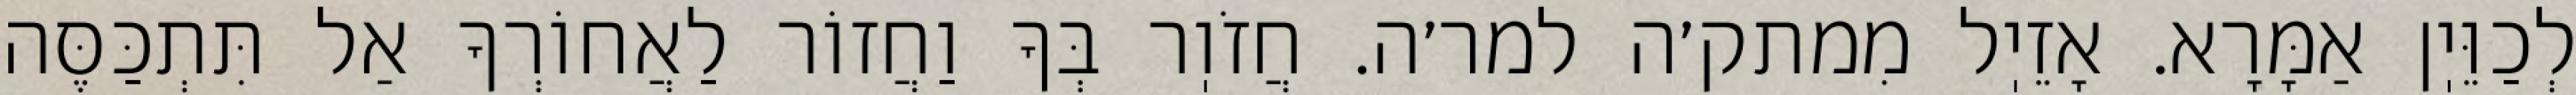
לְכַוֵּיֽן אַמָּרָא. אָזֵיֽל מִמתק׳ה למר׳ה. חֲזֹוֽר בְּךָ וַחֲזוֹר לַאֲחוֹרְךָ אַל תִּתְכַּסֶּה